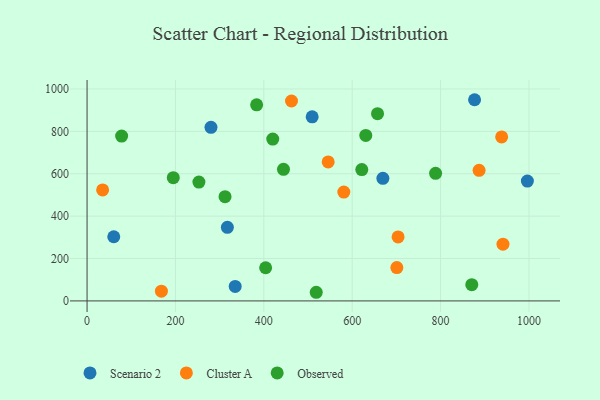
{"axis": {"x": "Ad Spend", "y": "Exam Score"}, "legend": ["Cluster A", "Observed", "Scenario 2"], "data": [{"x": "60.4", "y": 302.7, "type": "Scenario 2"}, {"x": "876.9", "y": 949.2, "type": "Scenario 2"}, {"x": "317.5", "y": 347.4, "type": "Scenario 2"}, {"x": "669.4", "y": 578.2, "type": "Scenario 2"}, {"x": "335.2", "y": 68.4, "type": "Scenario 2"}, {"x": "509.4", "y": 868.5, "type": "Scenario 2"}, {"x": "996.4", "y": 565.4, "type": "Scenario 2"}, {"x": "280.4", "y": 818.9, "type": "Scenario 2"}, {"x": "462.6", "y": 943.2, "type": "Cluster A"}, {"x": "703.8", "y": 301.7, "type": "Cluster A"}, {"x": "35.2", "y": 523.5, "type": "Cluster A"}, {"x": "701.0", "y": 157.2, "type": "Cluster A"}, {"x": "887.1", "y": 616.2, "type": "Cluster A"}, {"x": "581.0", "y": 513.6, "type": "Cluster A"}, {"x": "545.6", "y": 655.8, "type": "Cluster A"}, {"x": "168.2", "y": 46.0, "type": "Cluster A"}, {"x": "941.2", "y": 267.5, "type": "Cluster A"}, {"x": "938.2", "y": 773.8, "type": "Cluster A"}, {"x": "788.7", "y": 602.0, "type": "Observed"}, {"x": "383.7", "y": 925.0, "type": "Observed"}, {"x": "312.2", "y": 491.7, "type": "Observed"}, {"x": "630.7", "y": 780.6, "type": "Observed"}, {"x": "195.1", "y": 581.5, "type": "Observed"}, {"x": "404.1", "y": 156.5, "type": "Observed"}, {"x": "621.7", "y": 619.5, "type": "Observed"}, {"x": "870.6", "y": 76.7, "type": "Observed"}, {"x": "444.5", "y": 620.8, "type": "Observed"}, {"x": "518.6", "y": 40.8, "type": "Observed"}, {"x": "657.3", "y": 883.3, "type": "Observed"}, {"x": "253.1", "y": 560.8, "type": "Observed"}, {"x": "78.2", "y": 777.5, "type": "Observed"}, {"x": "420.2", "y": 763.4, "type": "Observed"}]}